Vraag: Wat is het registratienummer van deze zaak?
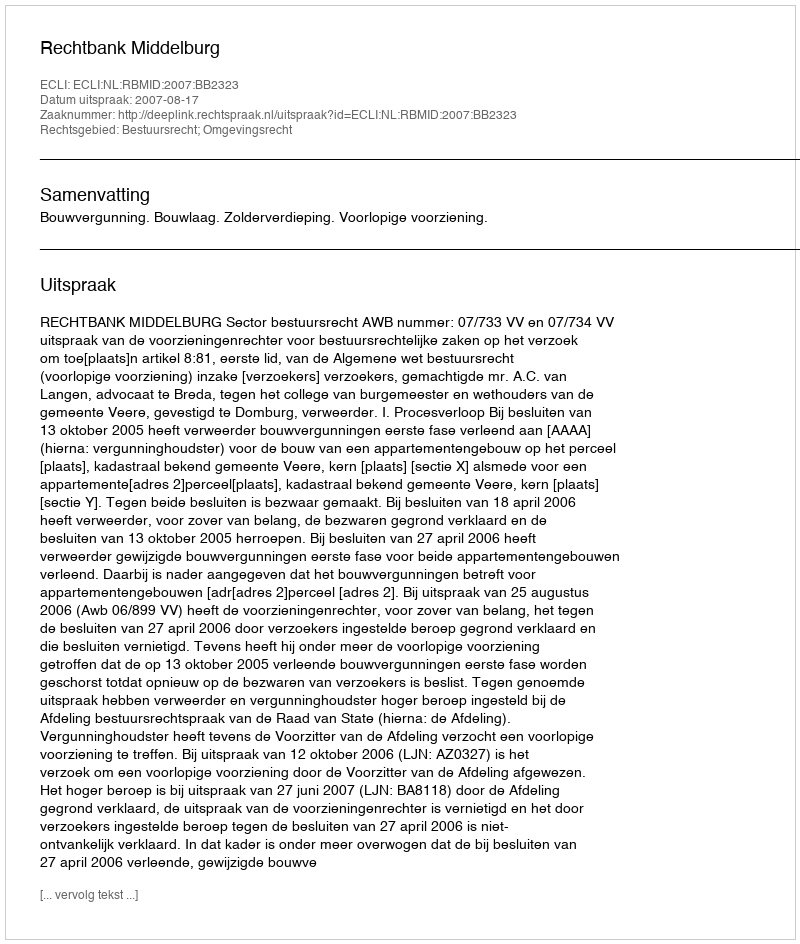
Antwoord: http://deeplink.rechtspraak.nl/uitspraak?id=ECLI:NL:RBMID:2007:BB2323